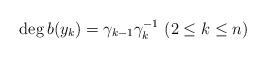
LaTeX: \begin{align*}\deg{b(y_k)}=\gamma_{k-1}\gamma_k^{-1}~(2\leq k\leq n)\end{align*}